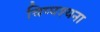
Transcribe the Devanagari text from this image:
विप्पश्यना